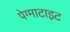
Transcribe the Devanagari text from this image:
पेग्माटाइट